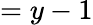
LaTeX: =y-1